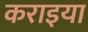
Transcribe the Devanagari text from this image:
कराइया